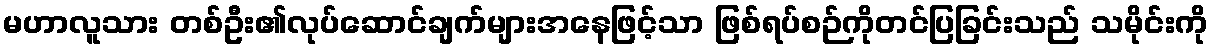
မဟာလူသား တစ်ဦး၏လုပ်ဆောင်ချက်များအနေဖြင့်သာ ဖြစ်ရပ်စဉ်ကိုတင်ပြခြင်းသည် သမိုင်းကို